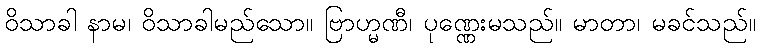
ဝိသာခါ နာမ၊ ဝိသာခါမည်သော။ ဗြာဟ္မဏီ၊ ပုဏ္ဏေးမသည်။ မာတာ၊ မခင်သည်။